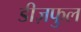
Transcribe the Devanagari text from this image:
डीज़फुल